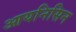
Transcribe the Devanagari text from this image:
आयनिसिन